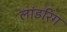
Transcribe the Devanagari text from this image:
लांडरिंग